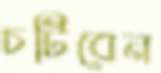
চটিবেন